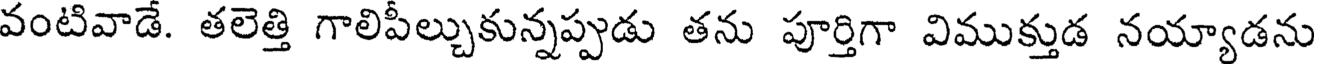
వంటివాడే. తలెత్తి గాలిపీల్చుకున్నప్పుడు తను పూర్తిగా విముక్తుడ నయ్యాడను